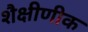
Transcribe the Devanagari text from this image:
शैक्षीणीक